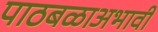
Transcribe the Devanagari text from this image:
पाठबळाअभावी